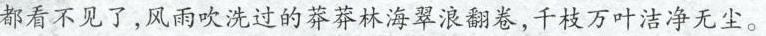
都看不见了，风雨吹洗过的莽莽林海翠浪翻卷，千枝万叶洁净无尘。